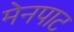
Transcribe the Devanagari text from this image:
मेनपाट